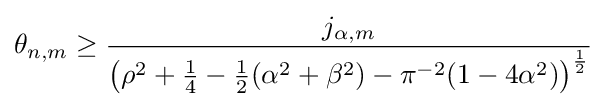
\displaystyle \theta _{n,m}\displaystyle \geq {\frac {j_{\alpha ,m}}{\left(\rho ^{2}+{\tfrac {1}{4}}-{\tfrac {1}{2}}(\alpha ^{2}+\beta ^{2})-{\pi }^{-2}(1-4\alpha ^{2})\right)^{\frac {1}{2}}}}